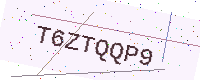
Text: T6ZTQQP9